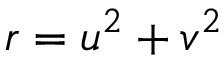
r = u ^ { 2 } + v ^ { 2 }